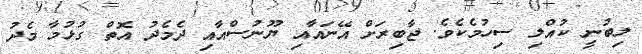
ލިބުނީ ކުއްލި ސިހުމެކެވެ. ޖާބިރަށް އޭނައާއި ޔޫނުސްއާއި ދެމެދު އޮތް ގުޅުމާ މެދު